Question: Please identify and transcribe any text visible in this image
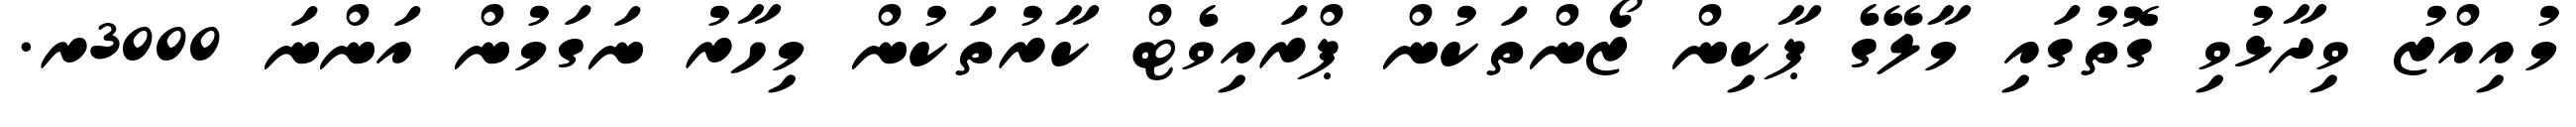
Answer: މުއިއްޒު ވިދާޅުވި ގޮތުގައި މާލޭގެ ޕާކިން ޒޯންތަކުން ޕްރައިވެޓް ކާރުތަކުން މިހާރު ނަގަމުން އަންނަ 3000ރ.